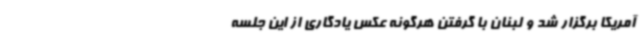
آمریکا برگزار شد و لبنان با گرفتن هرگونه عکس یادگاری از این جلسه